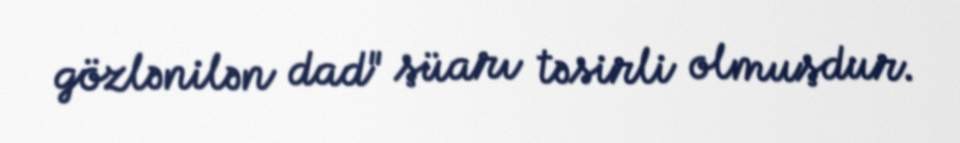
gözlənilən dad" şüarı təsirli olmuşdur.